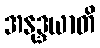
အနုဒ္ဒယာတိ